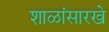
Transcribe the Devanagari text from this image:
शाळांसारखे